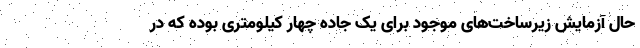
حال آزمایش زیرساخت‌های موجود برای یک جاده چهار کیلومتری بوده که در